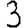
Digit: 3